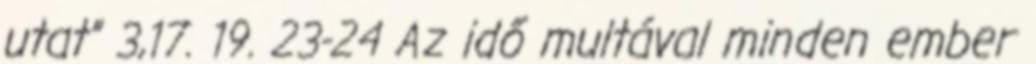
utat” 3,17. 19. 23-24 Az idő multával minden ember